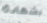
بشهادة